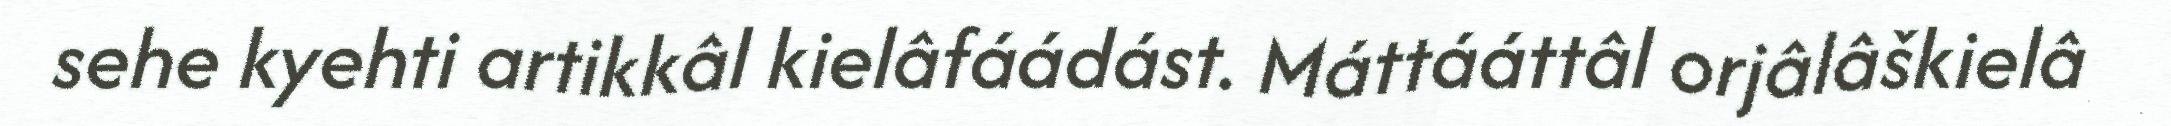
sehe kyehti artikkâl kielâfáádást. Máttááttâl orjâlâškielâ